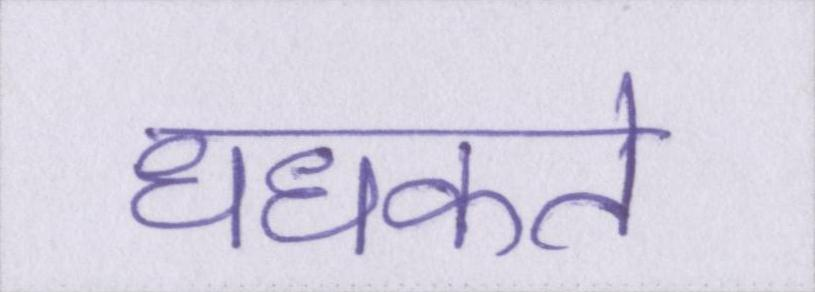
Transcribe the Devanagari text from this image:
धधकते